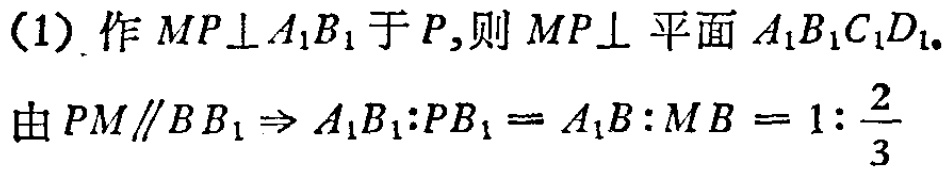
(1) 作 \(MP\perp A_{1}B_{1}\) 于 \(P\),则 \(MP\perp\) 平面 \(A_{1}B_{1}C_{1}D_{1}\).
由 \(PM\parallel BB_{1}\Rightarrow A_{1}B_{1}:PB_{1}=A_{1}B:MB = 1:\frac{2}{3}\)